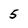
Character: 5